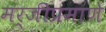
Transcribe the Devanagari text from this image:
मर्जीप्रमाणे